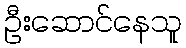
ဦးဆောင်နေသူ